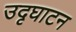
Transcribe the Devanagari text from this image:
उदृघाटन